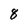
Character: 8